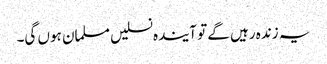
یہ زندہ رہیں گے تو آیندہ نسلیں مسلمان ہوں گی۔